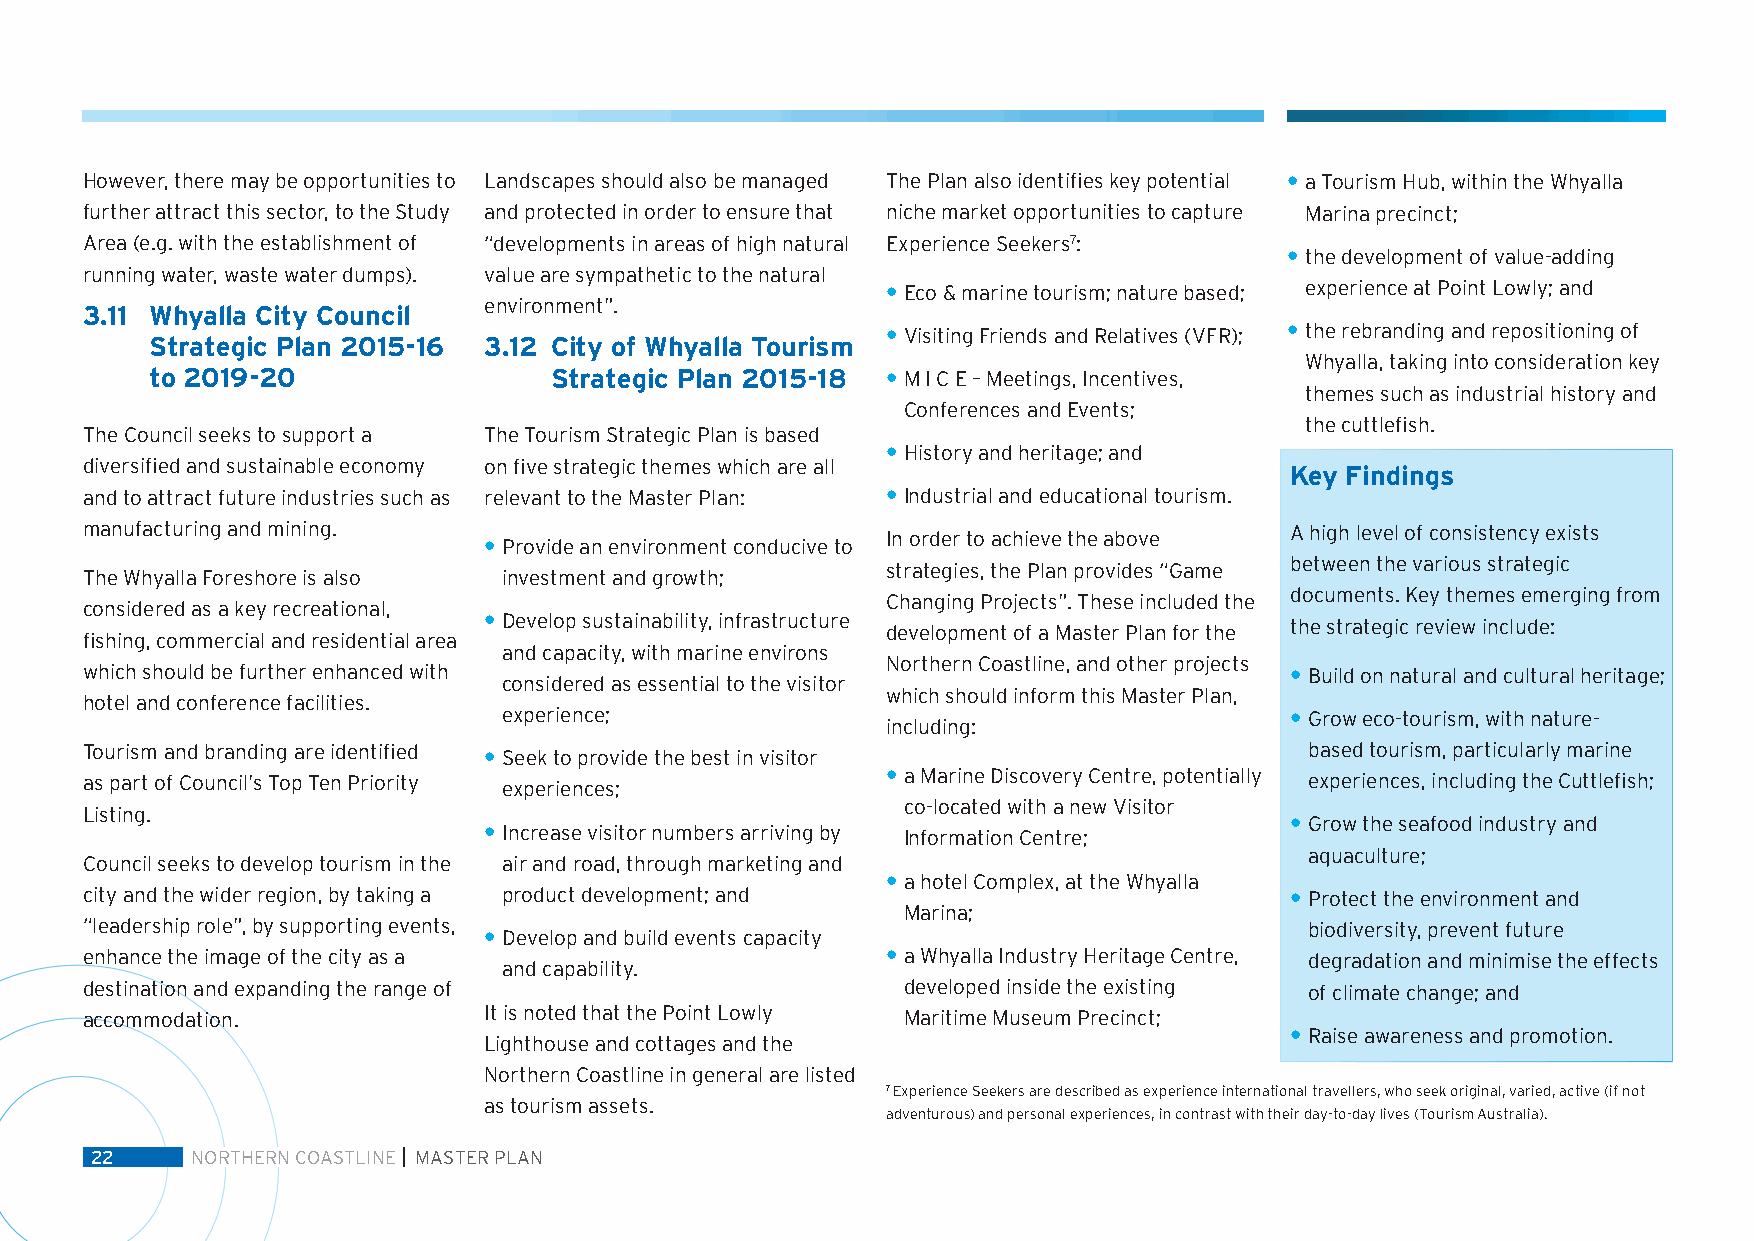
However, there may be opportunities to Landscapes should also be managed The Plan also identifies key potential • a Tourism Hub, within the Whyalla
 further attract this sector, to the Study and protected in order to ensure that niche market opportunities to capture Marina precinct;
 Area (e.g. with the establishment of “developments in areas of high natural Experience Seekers7:
 • the development of value-adding
 running water, waste water dumps). value are sympathetic to the natural
 • Eco & marine tourism; nature based; experience at Point Lowly; and
 environment”.
 3.11 Whyalla City Council
 • Visiting Friends and Relatives (VFR); • the rebranding and repositioning of
 Strategic Plan 2015-16 3.12 City of Whyalla Tourism
 Whyalla, taking into consideration key
 to 2019-20                Strategic Plan 2015-18 • M I C E – Meetings, Incentives,
 themes such as industrial history and
 Conferences and Events;
 the cuttlefish.
 The Council seeks to support a The Tourism Strategic Plan is based
 • History and heritage; and
 diversified and sustainable economy on five strategic themes which are all
 Key Findings
 and to attract future industries such as relevant to the Master Plan: • Industrial and educational tourism.
 manufacturing and mining.                                                       A high level of consistency exists
 • Provide an environment conducive to In order to achieve the above
 between the various strategic
 strategies, the Plan provides “Game
 The Whyalla Foreshore is also investment and growth;
 documents. Key themes emerging from
 Changing Projects”. These included the
 considered as a key recreational,
 • Develop sustainability, infrastructure             the strategic review include:
 development of a Master Plan for the
 fishing, commercial and residential area
 and capacity, with marine environs
 Northern Coastline, and other projects
 which should be further enhanced with                                           • Build on natural and cultural heritage;
 considered as essential to the visitor
 which should inform this Master Plan,
 hotel and conference facilities.
 experience;                                         • Grow eco-tourism, with nature-
 including:
 Tourism and branding are identified • Seek to provide the best in visitor         based tourism, particularly marine
 as part of Council’s Top Ten Priority experiences;    • a Marine Discovery Centre, potentially experiences, including the Cuttlefish;
 co-located with a new Visitor
 Listing.
 • Grow the seafood industry and
 • Increase visitor numbers arriving by Information Centre;
 aquaculture;
 Council seeks to develop tourism in the air and road, through marketing and
 • a hotel Complex, at the Whyalla
 city and the wider region, by taking a product development; and                 • Protect the environment and
 Marina;
 “leadership role”, by supporting events,                                          biodiversity, prevent future
 • Develop and build events capacity
 enhance the image of the city as a                    • a Whyalla Industry Heritage Centre, degradation and minimise the effects
 and capability.
 destination and expanding the range of                 developed inside the existing of climate change; and
 accommodation.             It is noted that the Point Lowly Maritime Museum Precinct;
 • Raise awareness and promotion.
 Lighthouse and cottages and the
 Northern Coastline in general are listed
 7 Experience Seekers are described as experience international travellers, who seek original, varied, active (if not
 as tourism assets.
 adventurous) and personal experiences, in contrast with their day-to-day lives (Tourism Australia).
 22     NORTHERN COASTLINE MASTER PLAN